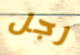
رجل